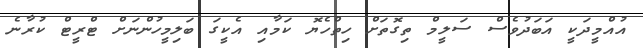
އުއްމީދަކީ އަބަދުވެސް ސަލީމް ތިގޮތަށް ހިތްހެޔޮ ކަމާއި އެކީގަ ބަލިމީހުންނަށް ޓްރީޓް ކުރާނެ